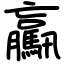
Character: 驘